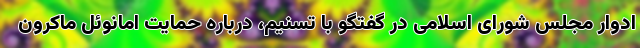
ادوار مجلس شورای اسلامی در گفتگو با تسنیم، درباره حمایت امانوئل ماکرون